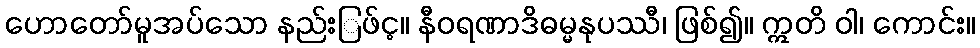
ဟောတော်မူအပ်သော နည်းြဖ်င့။ နီဝရဏာဒိဓမ္မနုပဿီ၊ ဖြစ်၍။ ဣတိ ဝါ၊ ကောင်း။